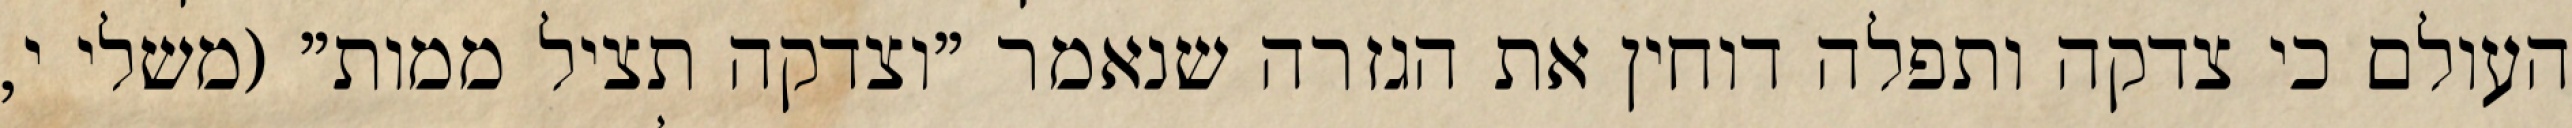
העולם כי צדקה ותפלה דוחין את הגזרה שנאמר "וצדקה תציל ממות" (משלי י,